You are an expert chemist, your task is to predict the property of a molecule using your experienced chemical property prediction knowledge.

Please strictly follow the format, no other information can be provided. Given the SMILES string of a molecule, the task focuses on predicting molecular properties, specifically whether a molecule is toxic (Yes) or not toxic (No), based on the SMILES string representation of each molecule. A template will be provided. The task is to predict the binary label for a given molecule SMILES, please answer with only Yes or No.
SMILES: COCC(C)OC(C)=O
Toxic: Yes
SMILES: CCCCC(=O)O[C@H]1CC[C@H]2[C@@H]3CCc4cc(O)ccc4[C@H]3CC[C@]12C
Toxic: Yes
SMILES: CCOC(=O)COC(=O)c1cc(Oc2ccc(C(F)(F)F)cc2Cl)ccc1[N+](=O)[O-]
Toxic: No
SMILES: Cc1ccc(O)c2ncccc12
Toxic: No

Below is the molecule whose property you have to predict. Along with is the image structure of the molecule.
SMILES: C#C[C@]1(O)CC[C@H]2[C@@H]3CCC4=CC(=O)CC[C@@H]4[C@H]3C(=C)C[C@@]21CC
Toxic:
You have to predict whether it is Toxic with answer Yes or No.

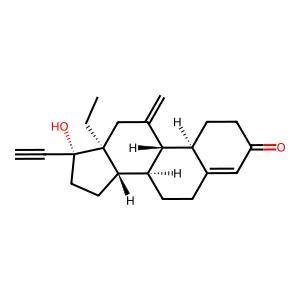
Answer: Yes